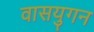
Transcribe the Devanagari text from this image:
वासयुगन